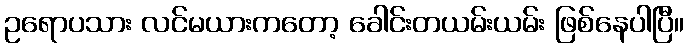
ဥရောပသား လင်မယားကတော့ ခေါင်းတယမ်းယမ်း ဖြစ်နေပါပြီ။